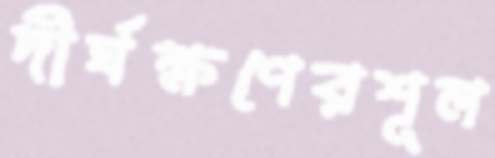
দীর্ঘক্ষণেরশূল